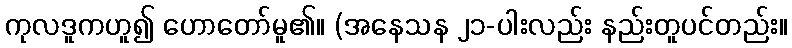
ကုလဒူကဟူ၍ ဟောတော်မူ၏။ (အနေသန ၂၁-ပါးလည်း နည်းတူပင်တည်း။